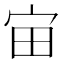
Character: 𪧈